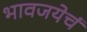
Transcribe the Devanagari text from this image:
भावजयेचं